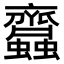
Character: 𧖊